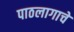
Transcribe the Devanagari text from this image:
पाठलागाचे